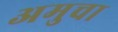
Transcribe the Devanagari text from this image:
अमुचा